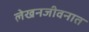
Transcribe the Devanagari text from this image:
लेखनजीवनात